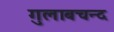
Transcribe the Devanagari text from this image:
गुलाबचन्द